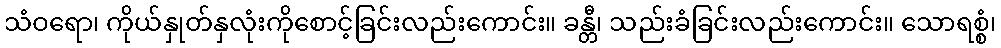
သံဝရော၊ ကိုယ်နှုတ်နှလုံးကိုစောင့်ခြင်းလည်းကောင်း။ ခန္တီ၊ သည်းခံခြင်းလည်းကောင်း။ သောရစ္စံ၊